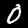
Label: 0